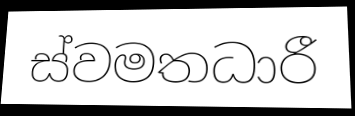
ස්වමතධාරී